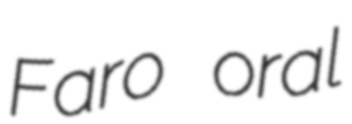
Faro oral